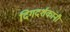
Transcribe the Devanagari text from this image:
दिगदर्शकांनी